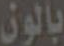
بالون